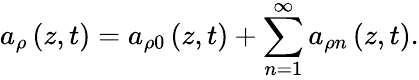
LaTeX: a_{\rho}\left(z,t\right)=a_{\rho 0}\left(z,t\right)+\sum_{n=1}^{\infty}a_{\rho n}\left(z,t\right).